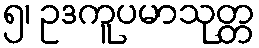
၅၊ ဥဒကူပမာသုတ္တ